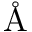
\mathrm { \AA }